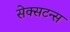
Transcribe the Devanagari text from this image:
सेक्सटन्स